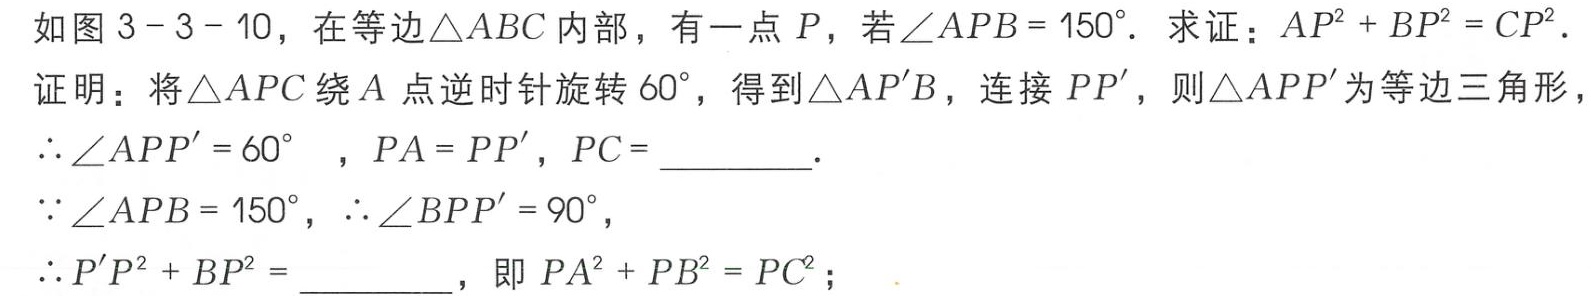
如图 3 - 3 - 10，在等边$\triangle ABC$内部，有一点$P$，若$\angle APB = 150^{\circ}.$ 求证：$AP^{2}+BP^{2}=CP^{2}.$

证明：将$\triangle APC$绕$A$点逆时针旋转$60^{\circ}$，得到$\triangle AP'B$，连接$PP'$，则$\triangle APP'$为等边三角形，

$\therefore \angle APP' = 60^{\circ}$ ，$PA = PP'$，$PC = \_\_\_\_\_\_$.

$\because \angle APB = 150^{\circ}$，$\therefore \angle BPP' = 90^{\circ}$，

$\therefore P'P^{2}+BP^{2} = \_\_\_\_\_\_$，即$PA^{2}+PB^{2}=PC^{2}$；